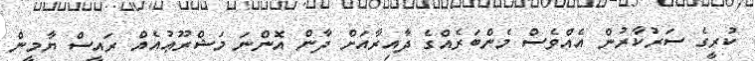
ކުރީގެ ސަރުކާރުން އެއްވެސް މެންބަރެއްގެ ދާއިރާއަށް ދާން އޮންނަ މަޝްރޫޢުއެއް ރައީސް ޔާމީން